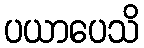
ပယာပေသိ